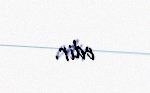
edir.